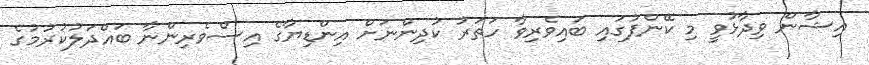
އިޝާން ވިދާޅުވީ މި ކޭންޕުގައި ބައިވެރިވާ ހަތަރު ކުދިންނަށް އިންޑިޔާގެ އިސްވެރިންނާ ބައްދަލުކުރުމުގެ